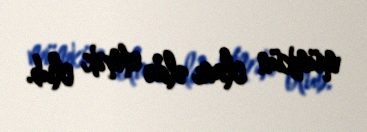
mümkün olanı əldə etmək olub.